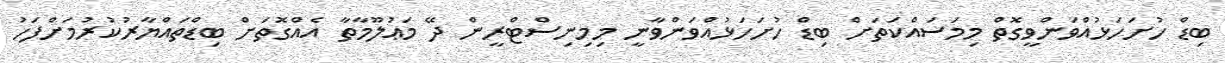
ބިޑް ހުށަހަޅުއްވަންވީގޮތް މިމަސައްކަތަށް ބިޑް ހުށަހަޅުއްވަންވާނީ މިމިނިސްޓްރީން ދޭ މަޢުލޫމާތާ އެއްގޮތަށް ބިޑްތައްޔާރުކުރުމަށްފަހު